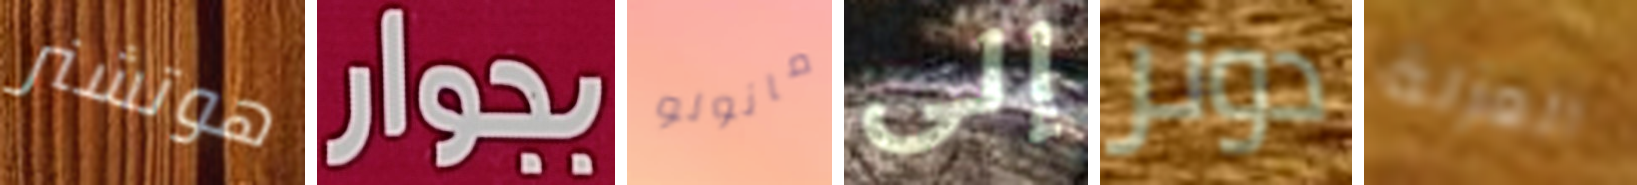
هوتشنر بجوار مانولو إلى دونر العزلة